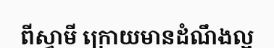
ពីស្វាមី ក្រោយមានដំណឹងល្អ